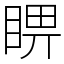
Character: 睤